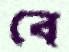
বে